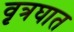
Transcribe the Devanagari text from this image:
वृत्रघात